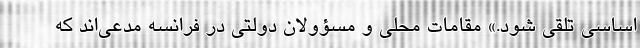
اساسی تلقی شود.» مقامات محلی و مسؤولان دولتی در فرانسه مدعی‌اند که